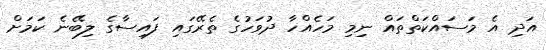
އަދި އެ މަސައްކަތްތައް ނިމި މަހެއްހާ ދުވަހުގެ ތެރޭގައި ފައިސާގެ ލިބޭނެ ކަމަށް